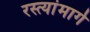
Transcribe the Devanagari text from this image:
रस्त्यांमार्गे